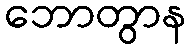
ဘောတွာန